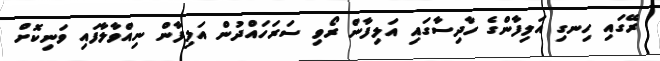
ރޭގައި ހިނގި އަލިފާންގެ ހާދިސާގައި އަލިފާން ރޯވި ސަރަހައްދުން އަލިފާން ނިއްވާލާފައި ވަނިކޮށް